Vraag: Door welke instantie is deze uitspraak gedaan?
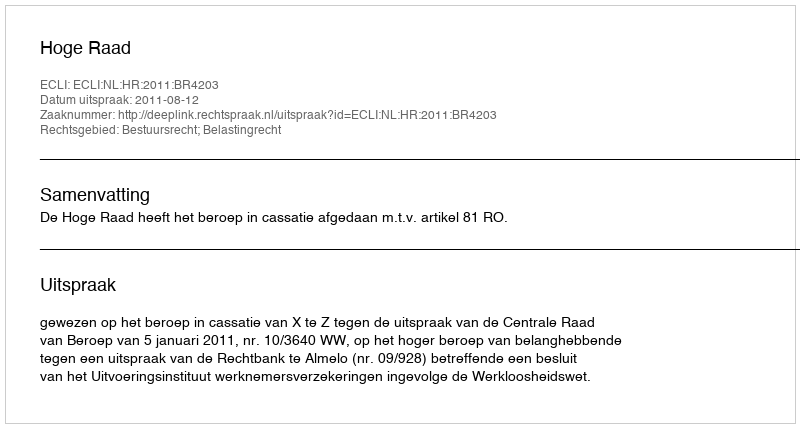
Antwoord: Hoge Raad